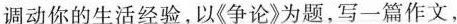
调动你的生活经验，以《争论》为题，写一篇作文，